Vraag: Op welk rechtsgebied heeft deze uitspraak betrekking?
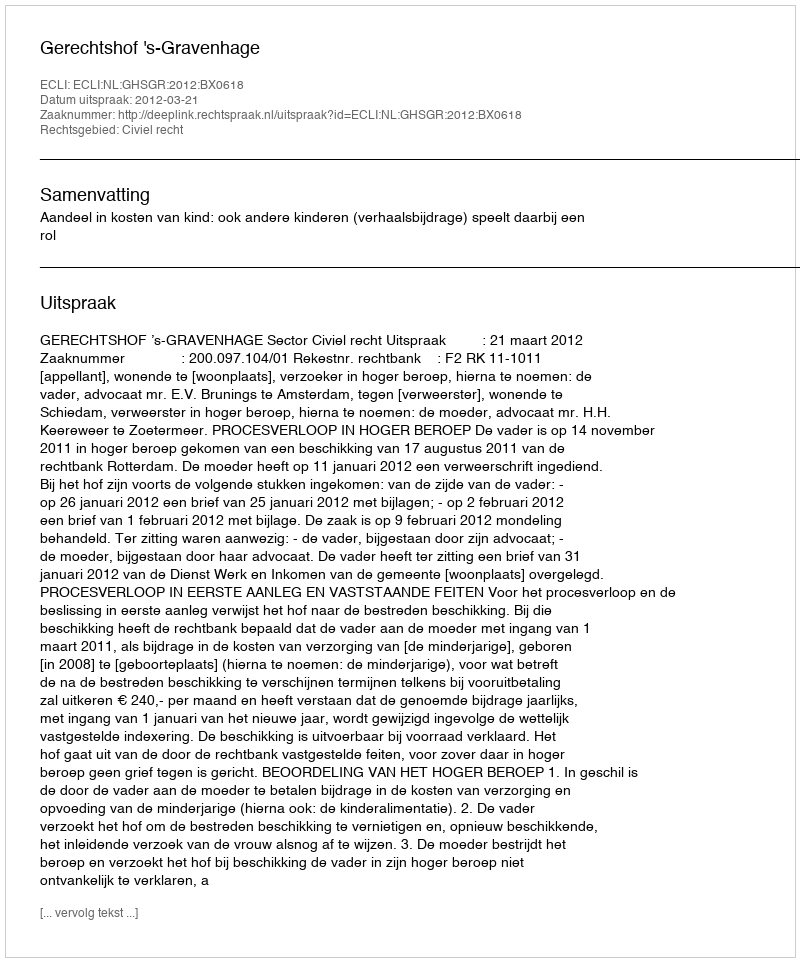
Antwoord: Civiel recht